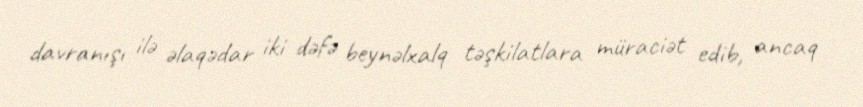
davranışı ilə əlaqədar iki dəfə beynəlxalq təşkilatlara müraciət edib, ancaq